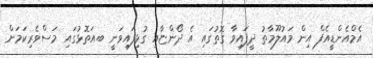
އެމްއެންޑީއެފް އިން މައުލޫމާތު ދީފައިވާ ގޮތުގައި އެ ދޯންޏާއި ގުޅިފައިވަނީ ބ.އަތޮޅުގައި މަސްވެރިކަމަށް